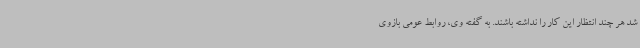
شد هر چند انتظار این کار را نداشته باشند. به گفته وی، روابط عومی بازوی